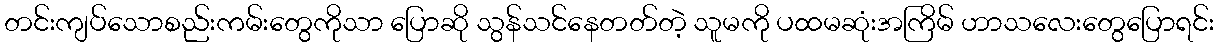
တင်းကျပ်သောစည်းကမ်းတွေကိုသာ ပြောဆို သွန်သင်နေတတ်တဲ့ သူမကို ပထမဆုံးအကြိမ် ဟာသလေးတွေပြောရင်း